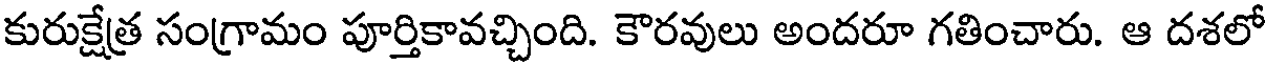
కురుక్షేత్ర సంగ్రామం పూర్తికావచ్చింది. కౌరవులు అందరూ గతించారు. ఆ దశలో